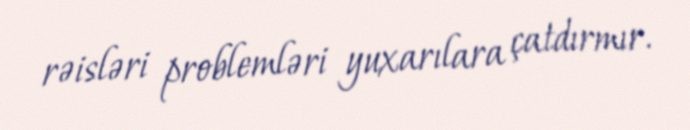
rəisləri problemləri yuxarılara çatdırmır.